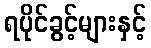
ရပိုင်ခွင့်များနှင့်